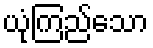
ယုံကြည်သော